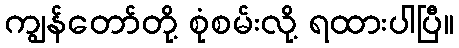
ကျွန်တော်တို့ စုံစမ်းလို့ ရထားပါပြီ။